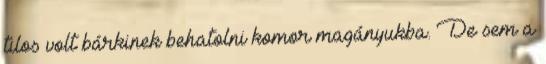
tilos volt bárkinek behatolni komor magányukba. De sem a